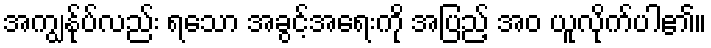
အကျွန်ုပ်လည်း ရသော အခွင့်အရေးကို အပြည့် အဝ ယူလိုက်ပါ၏။